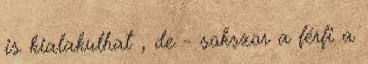
is kialakulhat , de - sokszor a férfi a